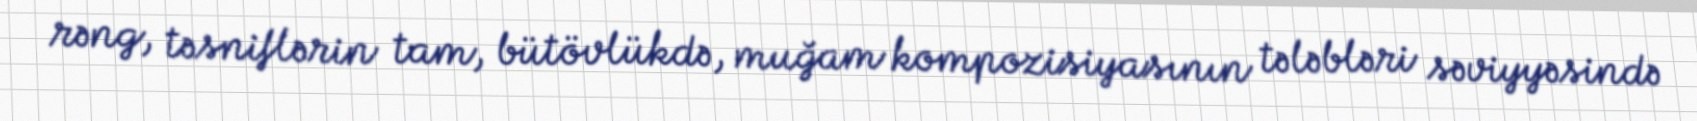
rəng, təsniflərin tam, bütövlükdə, muğam kompozisiyasının tələbləri səviyyəsində